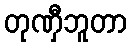
တုဏှီဘူတာ